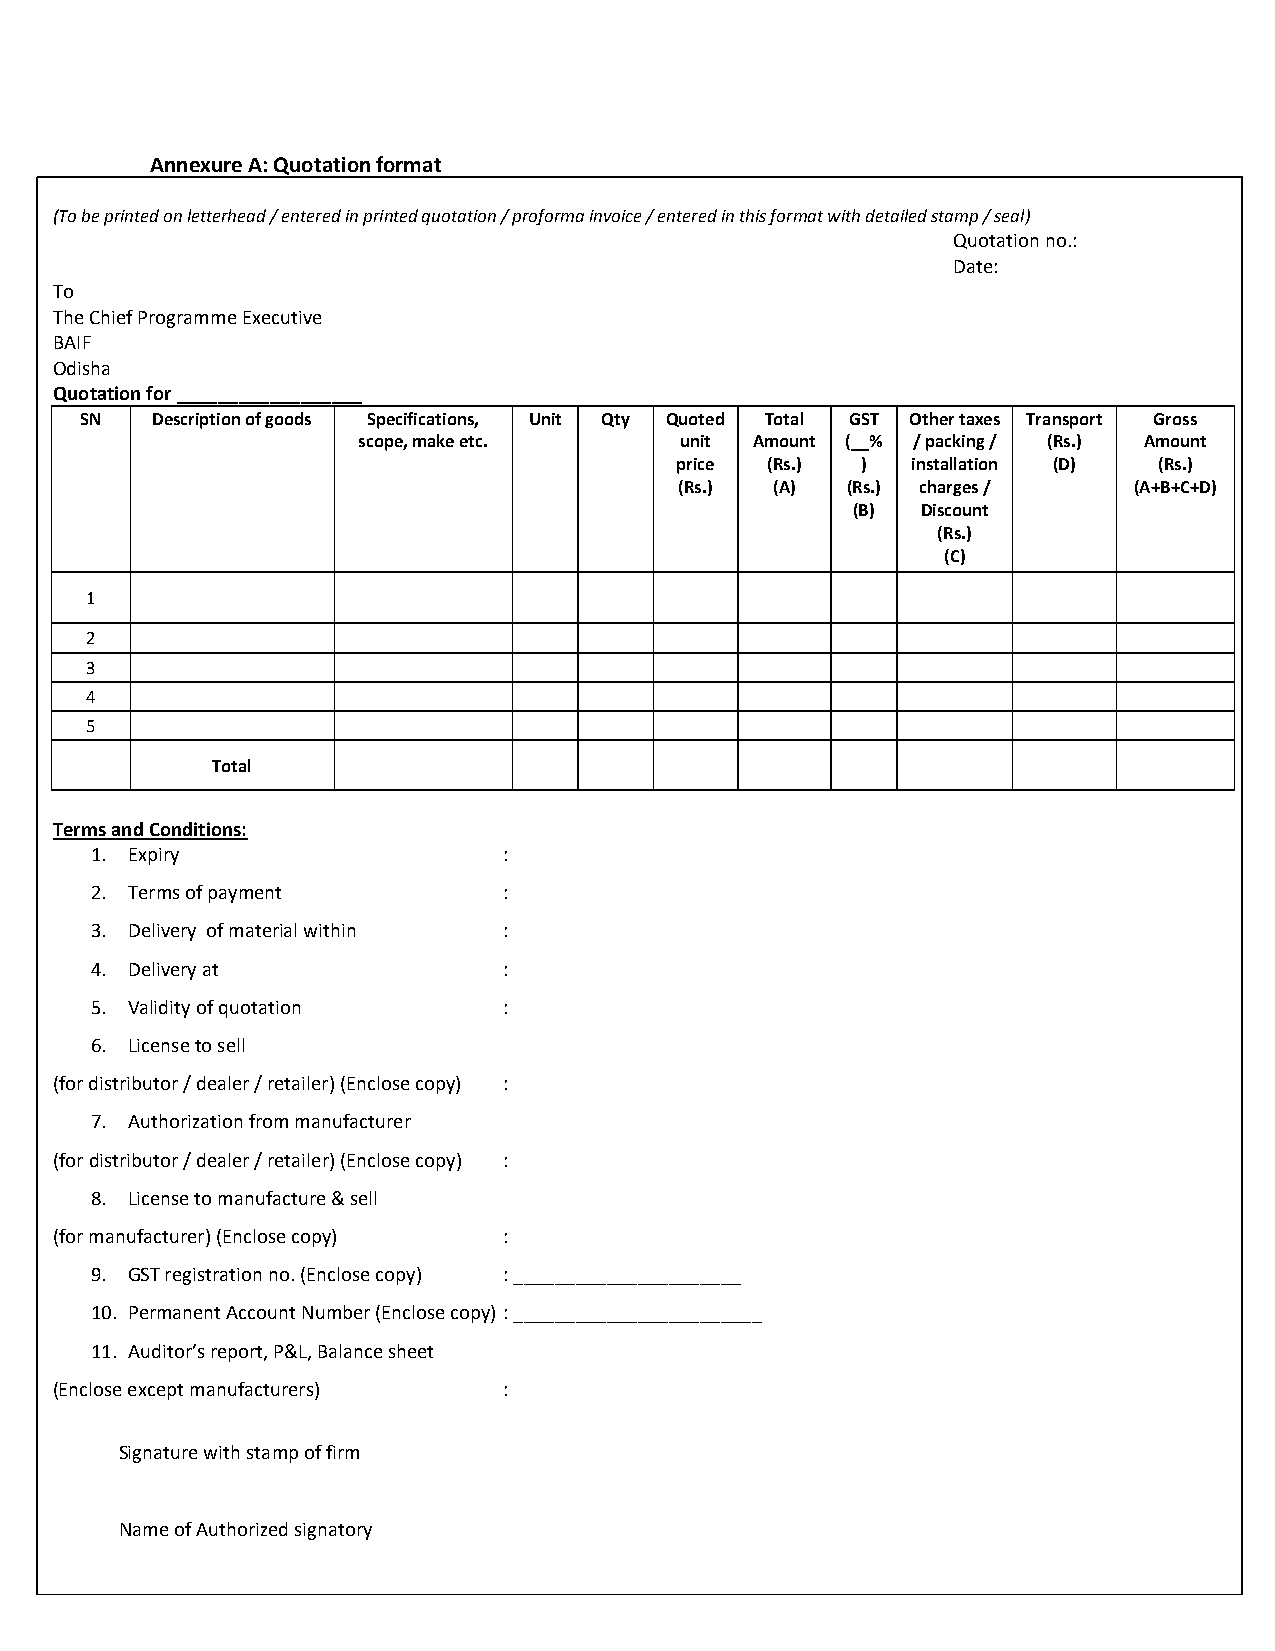
Annexure A: Quotation format
 (To be printed on letterhead / entered in printed quotation / proforma invoice / entered in this format with detailed stamp / seal)
 Quotation no.:
 Date:
 To
 The Chief Programme Executive
 BAIF
 Odisha
 Quotation for __________________
 SN   Description of goods Specifications, Unit Qty Quoted Total GST Other taxes Transport Gross
 scope, make etc.     unit Amount (__% / packing / (Rs.) Amount
 price (Rs.) )  installation (D) (Rs.)
 (Rs.) (A)  (Rs.) charges /    (A+B+C+D)
 (B)  Discount
 (Rs.)
 (C)
 1
 2
 3
 4
 5
 Total
 Terms and Conditions:
 1. Expiry                  :
 2. Terms of payment        :
 3. Delivery of material within :
 4. Delivery at             :
 5. Validity of quotation   :
 6. License to sell
 (for distributor / dealer / retailer) (Enclose copy) :
 7. Authorization from manufacturer
 (for distributor / dealer / retailer) (Enclose copy) :
 8. License to manufacture & sell
 (for manufacturer) (Enclose copy) :
 9. GST registration no. (Enclose copy) : ______________________
 10. Permanent Account Number (Enclose copy) : ________________________
 11. Auditor’s report, P&L, Balance sheet
 (Enclose except manufacturers) :
 Signature with stamp of firm
 Name of Authorized signatory